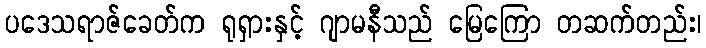
ပဒေသရာဇ်ခေတ်က ရုရှားနှင့် ဂျာမနီသည် မြေကြော တဆက်တည်း၊